Civil Veterinary Dept. Bombay admin report 1893-99 - 1893-1899
Year: 1893
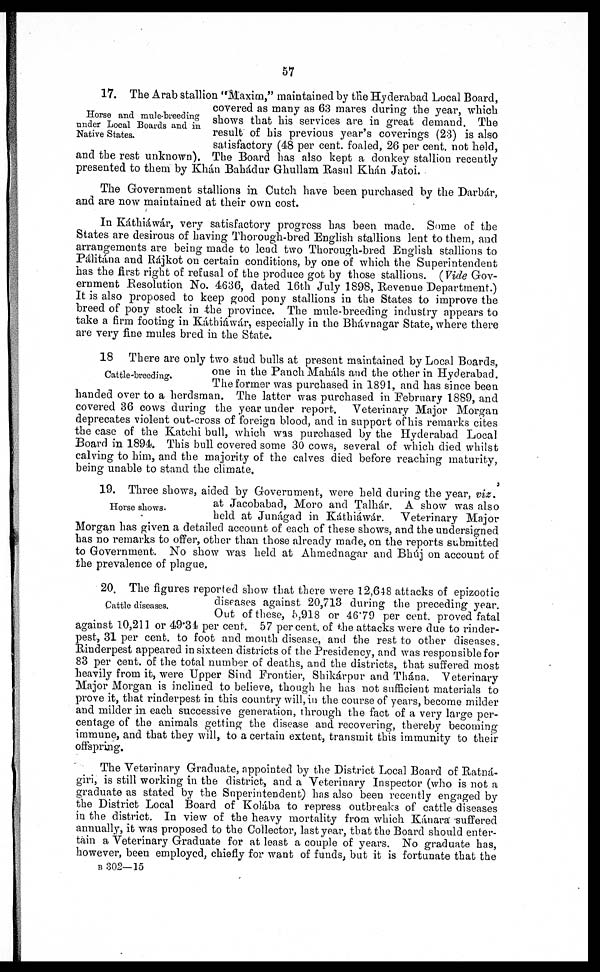
57
Horse and mule-breeding
under Local Boards and in
Native States.
17. The Arab stallion "Maxim," maintained by the Hyderabad Local Board,
covered as many as 63 mares during the year, which
shows that his services are in great demand. The
result of his previous year's coverings (23) is also
satisfactory (48 per cent. foaled, 26 per cent. not held,
and the rest unknown). The Board has also kept a donkey stallion recently
presented to them by Khán Bahádur Ghullam Rasul Khán Jatoi.
The Government stallions in Cutch have been purchased by the Darbár,
and are now maintained at their own cost.
In Káthiáwár, very satisfactory progress has been made. Some of the
States are desirous of having Thorough-bred English stallions lent to them, and
arrangements are being made to lend two Thorough-bred English stallions to
Pálitána and Rájkot on certain conditions, by one of which the Superintendent
has the first right of refusal of the produce got by those stallions. (Vide Gov-
ernment Resolution No. 4636, dated 16th July 1898, Revenue Department.)
It is also proposed to keep good pony stallions in the States to improve the
breed of pony stock in the province. The mule-breeding industry appears to
take a firm footing in Káthiáwár, especially in the Bhávnagar State, where there
are very fine mules bred in the State.
Cattle-breeding.
18 There are only two stud bulls at present maintained by Local Boards,
one in the Panch Maháls and the other in Hyderabad.
The former was purchased in 1891, and has since been
handed over to a herdsman. The latter was purchased in February 1889, and
covered 36 cows during the year under report. Veterinary Major Morgan
deprecates violent out-cross of foreign blood, and in support of his remarks cites
the case of the Katchi bull, which was purchased by the Hyderabad Local
Board in 1894. This bull covered some 30 cows, several of which died whilst
calving to him, and the majority of the calves died before reaching maturity,
being unable to stand the climate.
Horse shows.
19. Three shows, aided by Government, were held during the year, viz.
at Jacobabad, Moro and Talhár. A show was also
held at Junágad in Káthiáwár.
Veterinary Major
Morgan has given a detailed account of each of these shows, and the undersigned
has no remarks to offer, other than those already made, on the reports submitted
to Government. No show was held at Ahmednagar and Bhúj on account of
the prevalence of plague.
Cattle diseases.
20. The figures reported show that there were 12,648 attacks of epizootic
diseases against 20,713 during the preceding year.
Out of these, 5,918 or 46.79 per cent. proved fatal
against 10,211 or 49.34 per cent. 57 percent, of the attacks were due to rinder-
pest, 31 per cent. to foot and mouth disease, and the rest to other diseases.
Rinderpest appeared in sixteen districts of the Presidency, and was responsible for
83 per cent. of the total number of deaths, and the districts, that suffered most
heavily from it, were Upper Sind Frontier, Shikárpur and Thána. Veterinary
Major Morgan is inclined to believe, though he has not sufficient materials to
prove it, that rinderpest in this country will, in the course of years, become milder
and milder in each successive generation, through the fact of a very large per-
centage of the animals getting the disease and recovering, thereby becoming
immune, and that they will, to a certain extent, transmit this immunity to their
offspring.
The Veterinary Graduate, appointed by the District Local Board of Ratná-
giri, is still working in the district, and a Veterinary Inspector (who is not a
graduate as stated by the Superintendent) has also been recently engaged by
the District Local Board of Kolába to repress outbreaks of cattle diseases
in the district. In view of the heavy mortality from which Kánara suffered
annually, it was proposed to the Collector, last year, that the Board should enter-
tain a Veterinary Graduate for at least a couple of years. No graduate has,
however, been employed, chiefly for want of funds, but it is fortunate that the
B 302—15